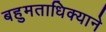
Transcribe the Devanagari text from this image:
बहुमताधिक्याने